Scottish assistants in French and German schools and colleges, 1939
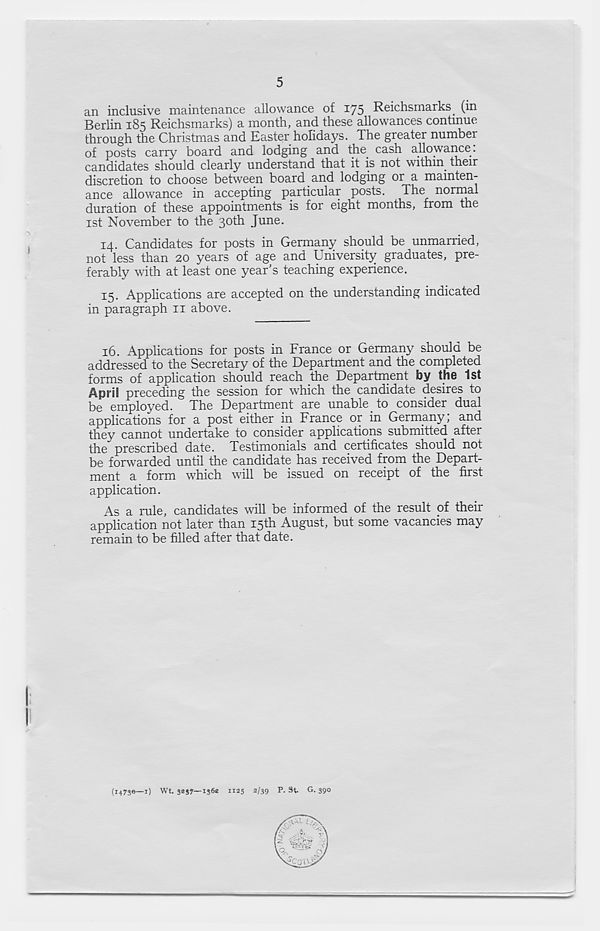
5
an inclusive maintenance allowance of 175 Reichsmarks (in
Berlin 185 Reichsmarks) a month, and these allowances continue
through the Christmas and Easter holidays. The greater numbei
of posts carry board and lodging and the cash allowance:
candidates should clearly understand that it is not within their
discretion to choose between board and lodging or a mainten-
ance allowance in accepting particular posts. The normal
duration of these appointments is for eight months, from the
1st November to the 30th June.
14. Candidates for posts in Germany should be unmarried,
not less than 20 years of age and University graduates, pre-
ferably with at least one year's teaching experience.
15. Applications are accepted on the understanding indicated
in paragraph 11 above.
16.
Applications for posts in France or G
addressed to the Secretary of the Department and the completed
forms of application should reach the Department by the 1st
April preceding the session for which the candidate desires to
be employed. The Department are unable to consider dual
applications for a post either in France or in Germany; and
they cannot undertake to consider applications submitted after
the prescribed date. Testimonials and certificates should not
be forwarded until the candidate has received from the Depart-
ment a form which will be issued on receipt of the first
application.
As a rule, candidates will be informed of the result of their
application not later than 15th August, but some vacancies may
remain to be filled after that date.
(14730—1) Wt. 3es7—1362 1125 2/39 P. St. G. 390